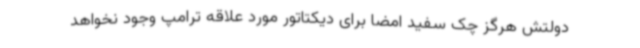
دولتش هرگز چک‌ سفید امضا برای دیکتاتور مورد علاقه ترامپ وجود نخواهد